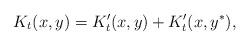
LaTeX: \begin{align*} K_t(x, y) = K'_t(x, y) + K'_t(x, y^*),\end{align*}